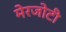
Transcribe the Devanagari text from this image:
मेरजोटी